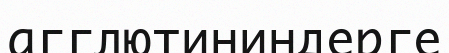
агглютининдерге